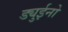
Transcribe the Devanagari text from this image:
ड्युईनो